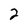
Character: 2